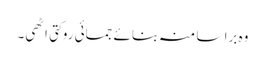
وہ برا سا منہ بنائے جمائی روکتی اٹھی۔